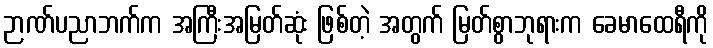
ဉာဏ်ပညာဘက်က အကြီးအမြတ်ဆုံး ဖြစ်တဲ့ အတွက် မြတ်စွာဘုရားက ခေမာထေရီကို